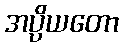
အပ္ပိယတော